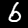
Label: 6